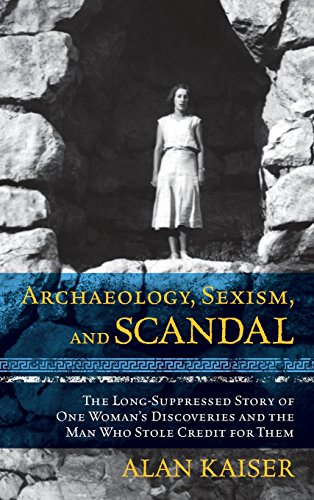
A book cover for Archaeology, Sexism, and Scandal: The Long-Suppressed Story of One Woman's Discoveries and the Man Who Stole Credit for Them; Alan Kaiser; Biographies & Memoirs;